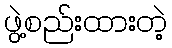
ဖွဲ့စည်းထားတဲ့